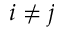
i \neq j